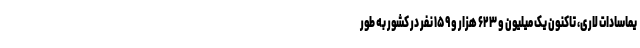
یماسادات لاری، تاکنون یک میلیون و ۶۲۳ هزار و ۱۵۹ نفر در کشور به طور